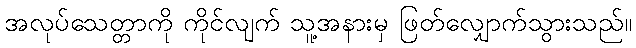
အလုပ်သေတ္တာကို ကိုင်လျက် သူ့အနားမှ ဖြတ်လျှောက်သွားသည်။